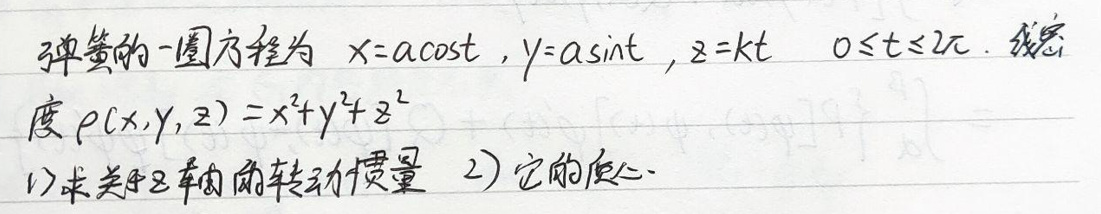
已知弹簧的一圈方程为\(x = a\cos t\)，\(y = a\sin t\)，\(z = kt\)，\(0\leq t\leq 2\pi\)。线密度\(\rho(x,y,z)=x^{2}+y^{2}+z^{2}\)。

1. 求关于\(z\)轴的转动惯量；
2. 求它的重心。